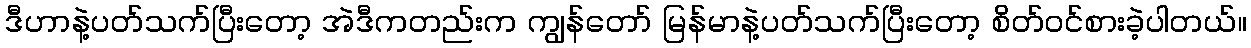
ဒီဟာနဲ့ပတ်သက်ပြီးတော့ အဲဒီကတည်းက ကျွန်တော် မြန်မာနဲ့ပတ်သက်ပြီးတော့ စိတ်ဝင်စားခဲ့ပါတယ်။